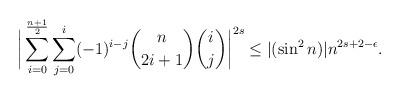
LaTeX: \begin{align*}\bigg|\sum \limits_{i=0}^{\frac{n+1}{2}}\sum \limits_{j=0}^{i}(-1)^{i-j}\binom{n}{2i+1} \binom{i}{j}\bigg|^{2s} \leq |(\sin^2n)|n^{2s+2-\epsilon}.\end{align*}